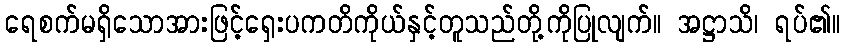
ရေစက်မရှိသောအားဖြင့်ရှေးပကတိကိုယ်နှင့်တူသည်တို့ကိုပြုလျက်။ အဋ္ဌာသိ၊ ရပ်၏။